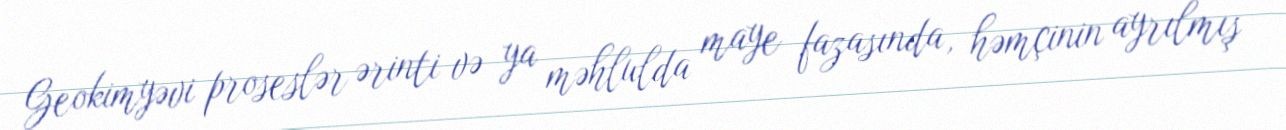
Geokimyəvi proseslər ərinti və ya məhlulda maye fazasında, həmçinin ayrılmış